Jaan_Tonisson_(Lasteleht), lk 22
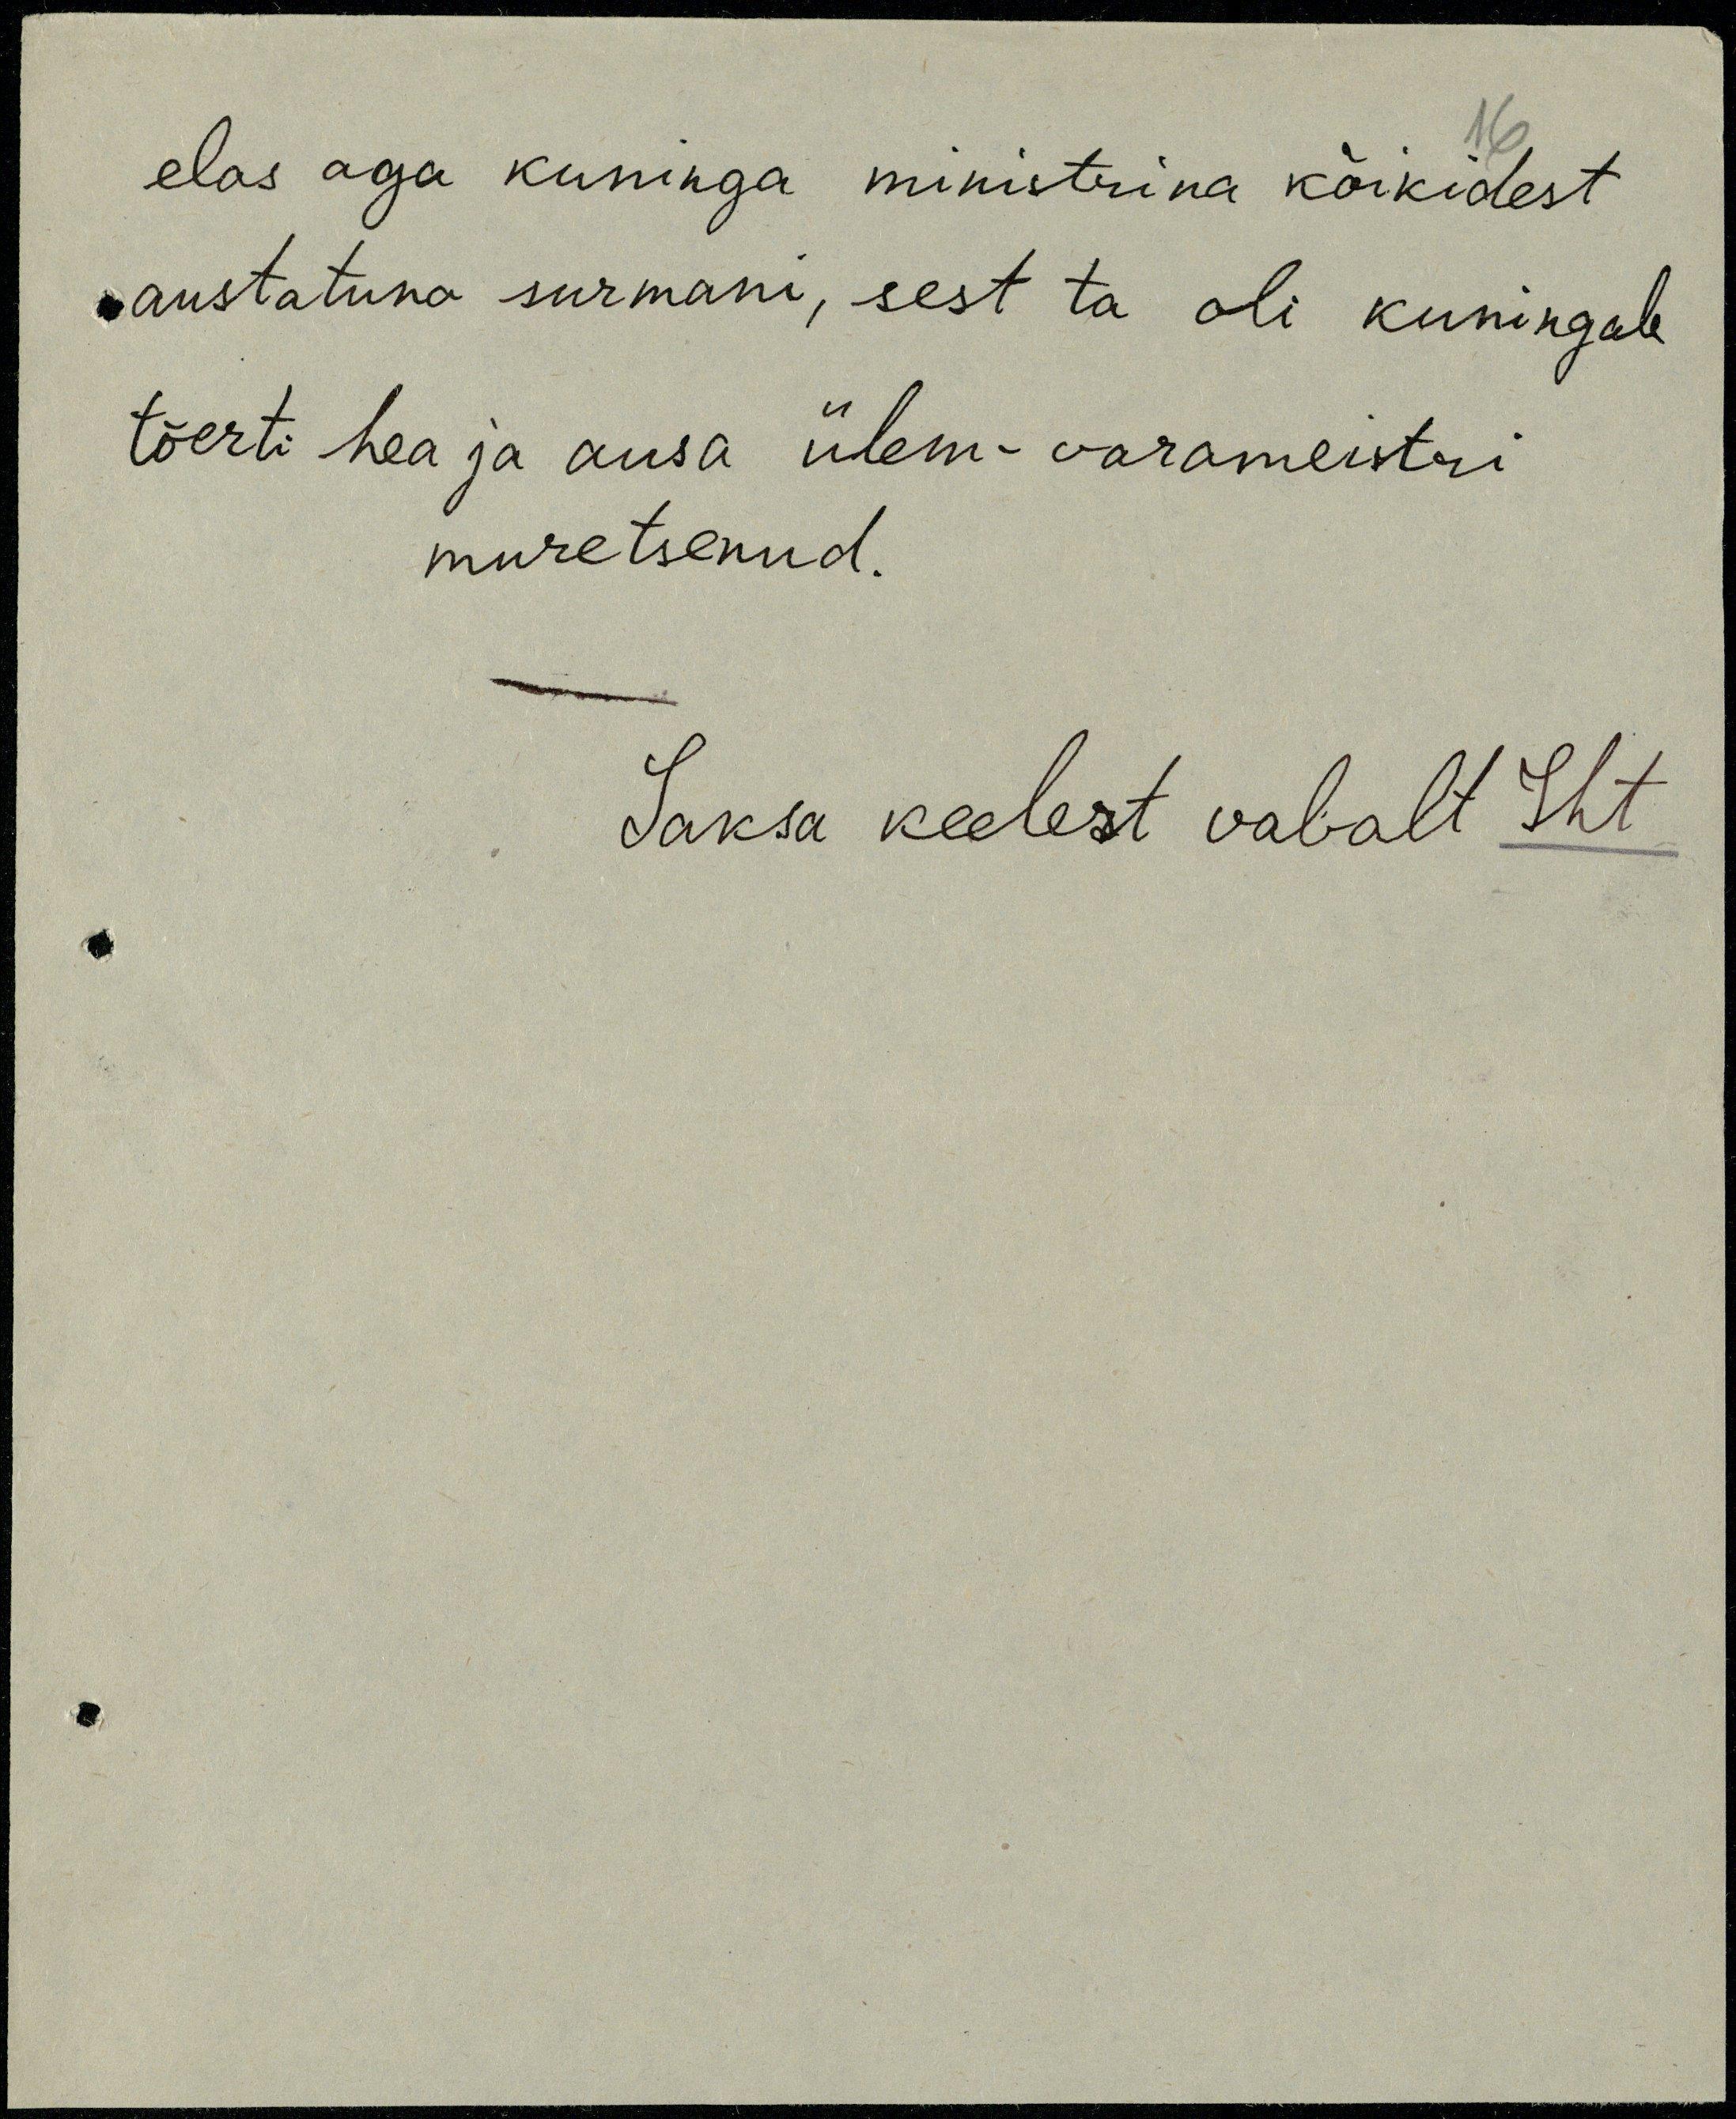
elas aga kuninga ministrina kõikidest
austatuna surmani, sest ta oli kuningale
tõesti hea ja ausa ülem-varameistri
muretsenud.
Saksa keelest vabalt Sht